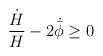
LaTeX: \begin{align*}\frac{\dot{H}}{H}- 2\dot{\bar{\phi}}\geq 0 \end{align*}